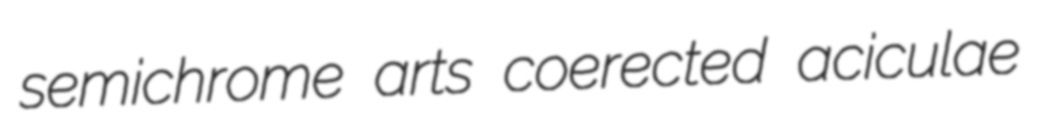
semichrome arts coerected aciculae